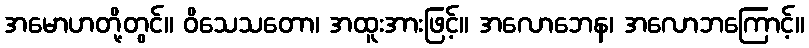
အမောဟတို့တွင်။ ဝိသေသတော၊ အထူးအားဖြင့်။ အလောဘေန၊ အလောဘကြောင့်။